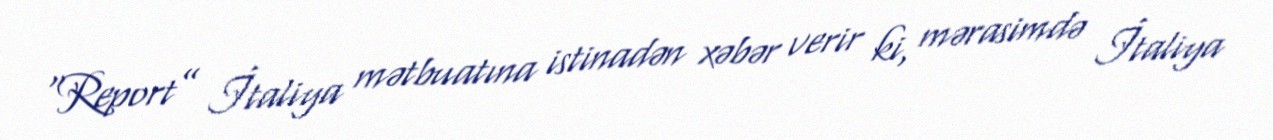
“Report” İtaliya mətbuatına istinadən xəbər verir ki, mərasimdə İtaliya